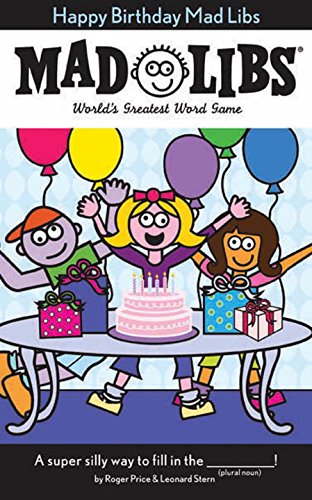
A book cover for Happy Birthday Mad Libs; Roger Price; Children's Books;